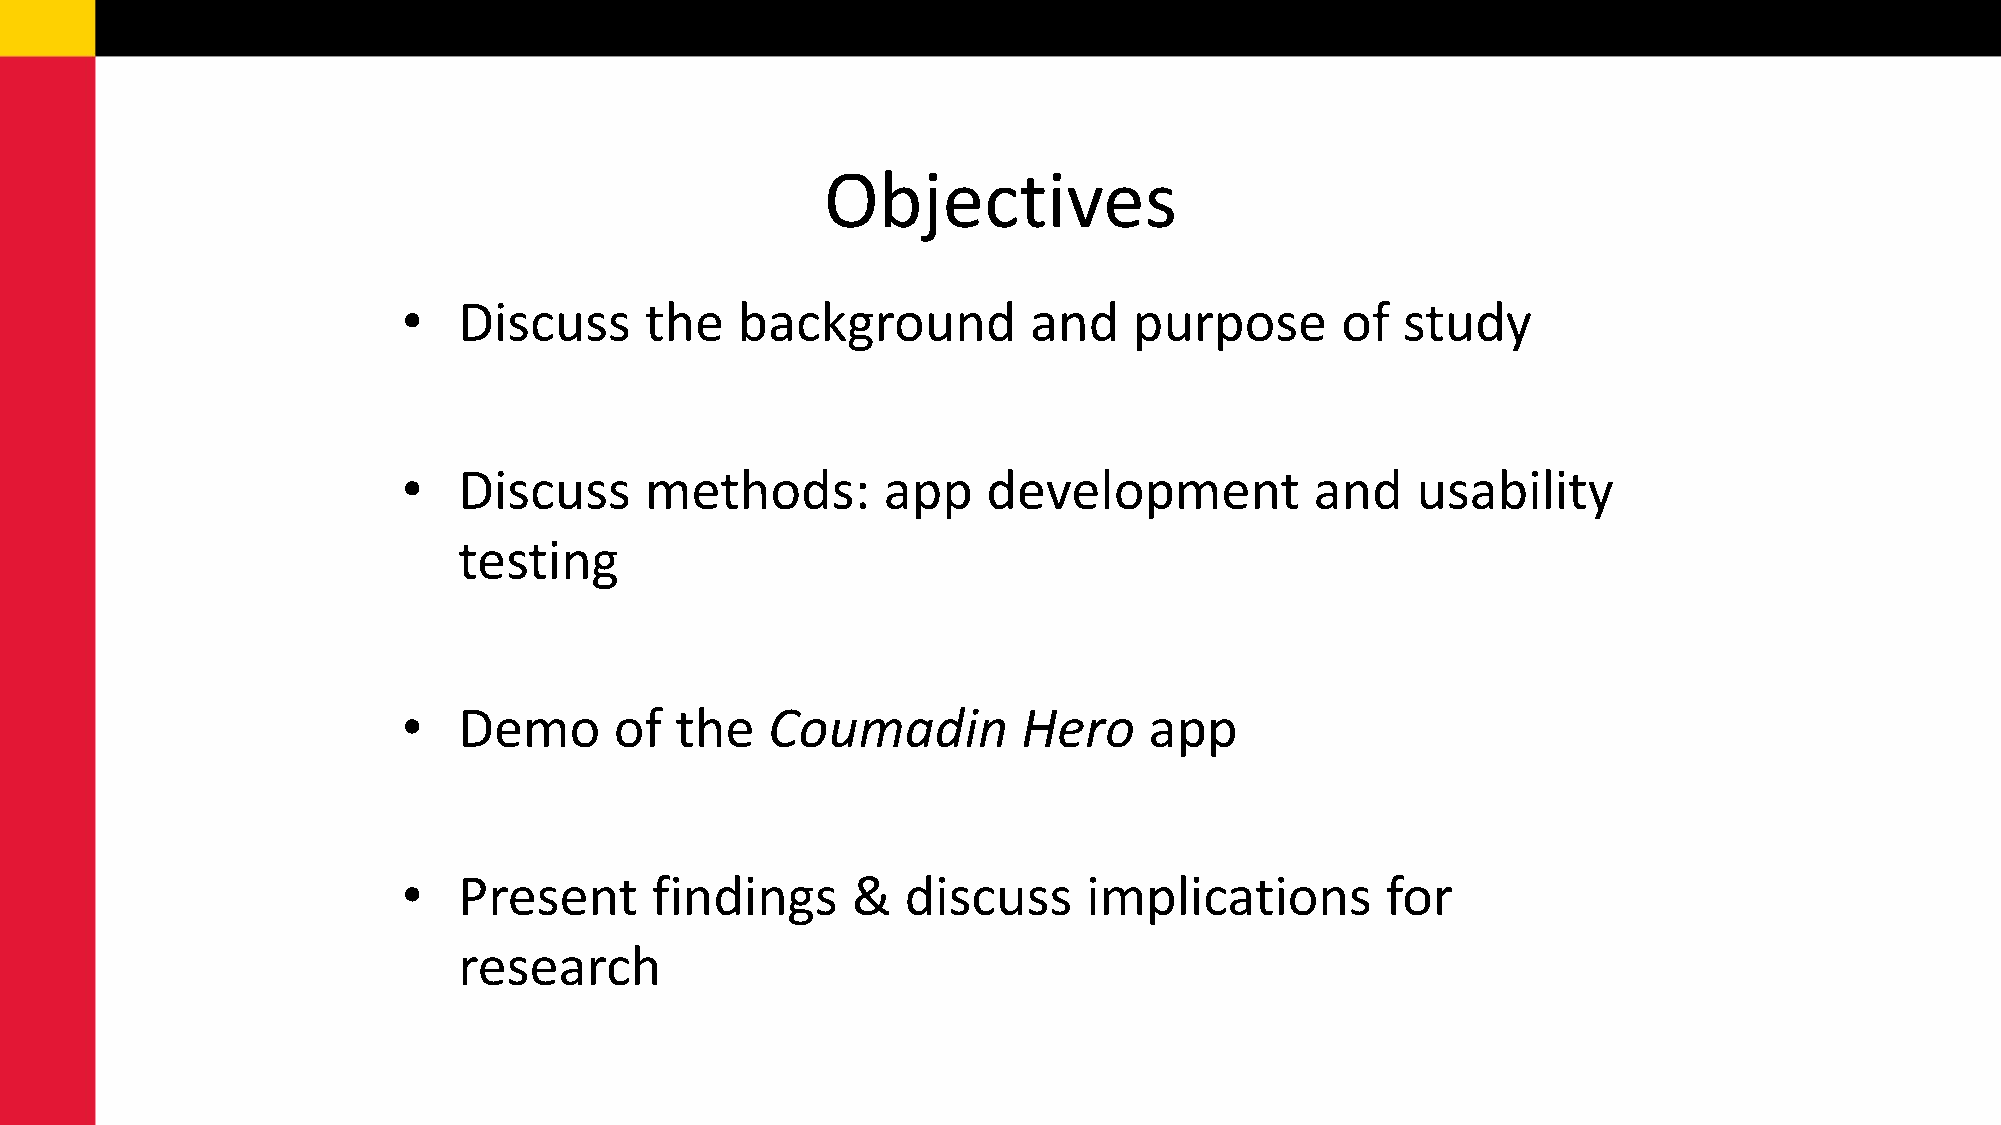
Objectives
 •  Discuss      the   background         and    purpose       of  study
 •  Discuss      methods:       app    development           and    usability
 testing
 •  Demo       of  the   Coumadin         Hero    app
 •  Present      findings     &   discuss     implications        for
 research